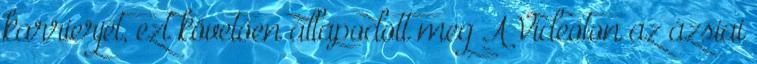
karrierjét, ezt követően állapodott meg A Videoton az ázsiai